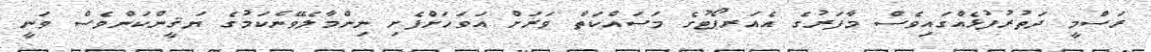
ރަސްމީ ދަތުރުފުޅެއްގައިވެސް މާފަރުގެ އެއަރޕޯޓުގެ މަސައްކަތް ވަރަށް އަވަހަށްފެށި ނިންމާލެވޭނެކަމުގެ ޔަޤީންކަންވެސް ވަނީ